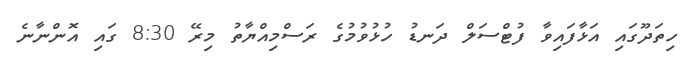
ހިތަދޫގައި އަޅާފައިވާ ފުޓްސަލް ދަނޑު ހުޅުވުމުގެ ރަސްމިއްޔާތު މިރޭ 8:30 ގައި އޮންނާނެ